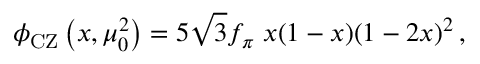
\phi _ { \mathrm { C Z } } \left( x , \mu _ { 0 } ^ { 2 } \right) = 5 \sqrt { 3 } f _ { \pi } \; x ( 1 - x ) ( 1 - 2 x ) ^ { 2 } \, ,